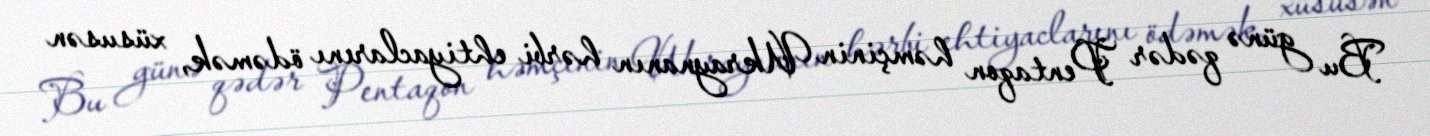
Bu günə qədər Pentaqon həmçinin Ukraynanın hərbi ehtiyaclarını ödəmək, xüsusən